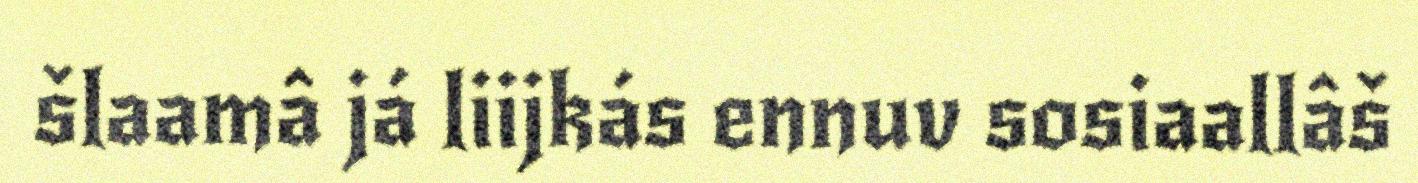
šlaamâ já liijkás ennuv sosiaallâš